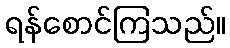
ရန်စောင်ကြသည်။